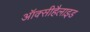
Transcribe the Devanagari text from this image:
ऑक्सीहैलाइड